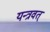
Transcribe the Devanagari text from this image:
यन्त्रवत्